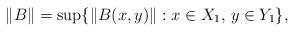
LaTeX: \begin{align*}\|B\|=\sup \{\|B(x,y)\|: x \in X_1, \, y \in Y_1\},\end{align*}